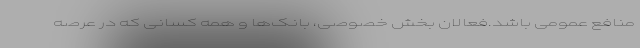
منافع عمومی باشد.فعالان بخش خصوصی، بانک‌ها و همه کسانی که در عرصه